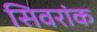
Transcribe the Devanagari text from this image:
सिवरांक